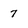
Character: 7